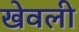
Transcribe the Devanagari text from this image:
खेवली